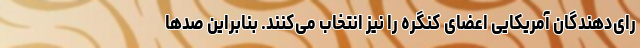
رای‌دهندگان آمریکایی اعضای کنگره را نیز انتخاب می‌کنند. بنابراین صدها